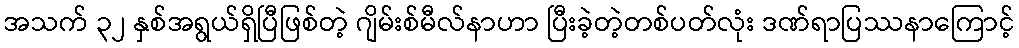
အသက် ၃၂ နှစ်အရွယ်ရှိပြီဖြစ်တဲ့ ဂျိမ်းစ်မီလ်နာဟာ ပြီးခဲ့တဲ့တစ်ပတ်လုံး ဒဏ်ရာပြဿနာကြောင့်